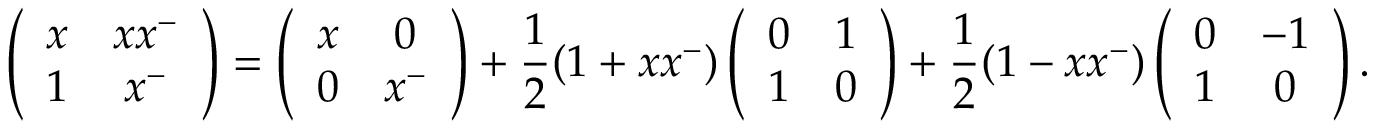
\left( \begin{array} { c c } { x } & { x x ^ { - } } \\ { 1 } & { x ^ { - } } \end{array} \right) = \left( \begin{array} { c c } { x } & { 0 } \\ { 0 } & { x ^ { - } } \end{array} \right) + \frac { 1 } { 2 } ( 1 + x x ^ { - } ) \left( \begin{array} { c c } { 0 } & { 1 } \\ { 1 } & { 0 } \end{array} \right) + \frac { 1 } { 2 } ( 1 - x x ^ { - } ) \left( \begin{array} { c c } { 0 } & { - 1 } \\ { 1 } & { 0 } \end{array} \right) .